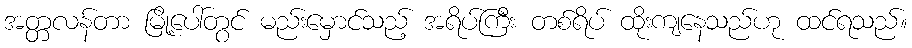
အတ္တလန်တာ မြို့ပေါ်တွင် မည်းမှောင်သည့် အရိပ်ကြီး တစ်ရိပ် ထိုးကျနေသည်ဟု ထင်ရသည်။